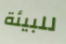
للبيئة